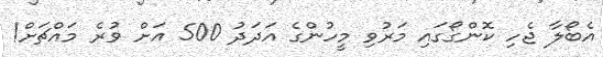
އެބޯލާ ޖެހި ކޮންގޯގައި މަރުވި މީހުންގެ އަދަދު 500 އަށް ވުރެ މައްޗަށް!